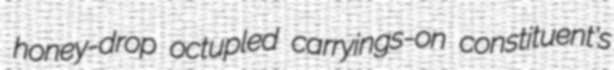
honey-drop octupled carryings-on constituent's